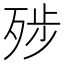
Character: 𰙿